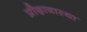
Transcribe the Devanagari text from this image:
प्रौढ़ावास्था